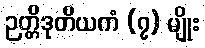
ဉတ္တိဒုတိယကံ (၇) မျိုး